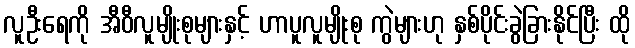
လူဦးရေကို အီဝီလူမျိုးစုများနှင့် ဟာပူလူမျိုးစု ကွဲများဟု နှစ်ပိုင်းခွဲခြားနိုင်ပြီး ထို